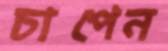
চাপেন